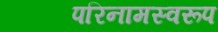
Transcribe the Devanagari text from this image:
परिनामस्वरूप